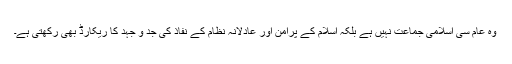
وہ عام سی اسلامی جماعت نہیں ہے بلکہ اسلام کے پرامن اور عادلانہ نظام کے نفاذ کی جد و جہد کا ریکارڈ بھی رکھتی ہے۔